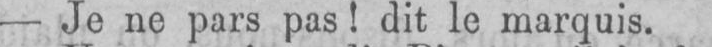
- Je ne pars pas! dit le marquis.